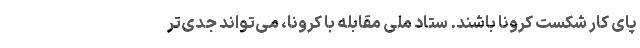
پای کار شکست کرونا باشند. ستاد ملی مقابله با کرونا، می‌تواند جدی‌تر